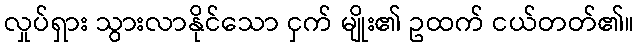
လှုပ်ရှား သွားလာနိုင်သော ငှက် မျိုး၏ ဥထက် ငယ်တတ်၏။